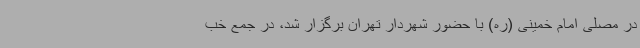
در مصلی امام خمینی (ره) با حضور شهردار تهران برگزار شد، در جمع خب